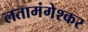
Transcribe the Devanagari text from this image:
लतामंगेश्कर